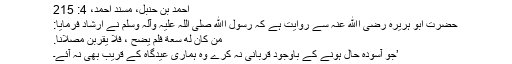
احمد بن حنبل، مسند احمد، 4: 215
حضرت ابو ہریرہ رضی اﷲ عنہ سے روایت ہے کہ رسول اﷲ صلیٰ اللہ علیہ وآلہ وسلم نے ارشاد فرمایا:
مَنْ کَانَ له سعة فلم يضح ، فلا يقربن مصلانا.
’جو آسودہ حال ہونے کے باوجود قربانی نہ کرے وہ ہماری عیدگاہ کے قریب بھی نہ آئے۔